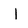
Character: I